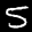
Label: 5